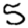
Digit: 5